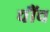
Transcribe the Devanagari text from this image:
चौंच